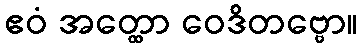
ဧဝံ အတ္ထော ဝေဒိတဗ္ဗော။